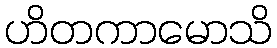
ဟိတကာမောသိ